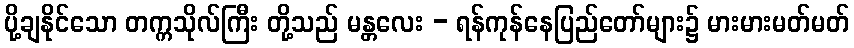
ပို့ချနိုင်သော တက္ကသိုလ်ကြီး တို့သည် မန္တလေး - ရန်ကုန်နေပြည်တော်များ၌ မားမားမတ်မတ်